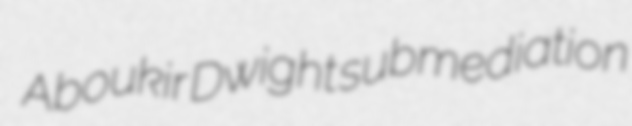
Aboukir Dwight submediation